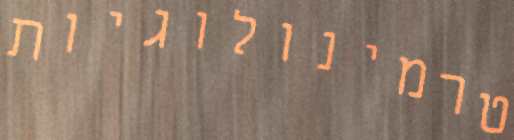
טרמינולוגיות